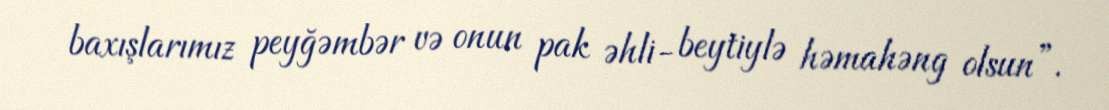
baxışlarımız peyğəmbər və onun pak əhli- beytiylə həmahəng olsun”.